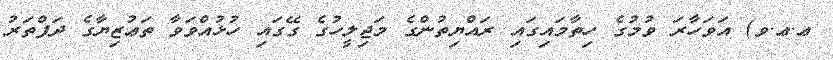
ޢ.ޢ.ވ) އަވަހާރަ ވުމުގެ ހިތާމައިގައި ރައްޔިތުންގެ މަޖިލީހުގެ ގޭގައި ހުޅުއްވަވާ ތަޢުޒިޔާގެ ދަފްތަރު